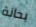
بحانة